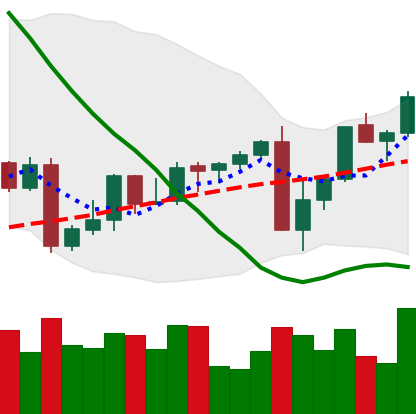
Ticker: XMR-USD
Chart end date: 2022-09-12
Forward return: -9.842%
Label: down_7plus